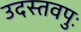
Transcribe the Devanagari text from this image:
उदस्तवपुः